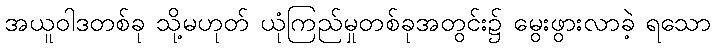
အယူဝါဒတစ်ခု သို့မဟုတ် ယုံကြည်မှုတစ်ခုအတွင်း၌ မွေးဖွားလာခဲ့ ရသော